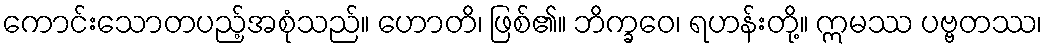
ကောင်းသောတပည့်အစုံသည်။ ဟောတိ၊ ဖြစ်၏။ ဘိက္ခဝေ၊ ရဟန်းတို့။ ဣမဿ ပဗ္ဗတဿ၊